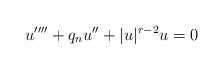
LaTeX: \begin{align*}u''''+q_nu''+|u|^{r-2}u=0\end{align*}